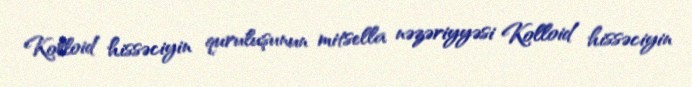
Kolloid hissəciyin quruluşunun mitsella nəzəriyyəsi Kolloid hissəciyin